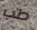
طب